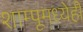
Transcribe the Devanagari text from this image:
शाम्पूमध्येही